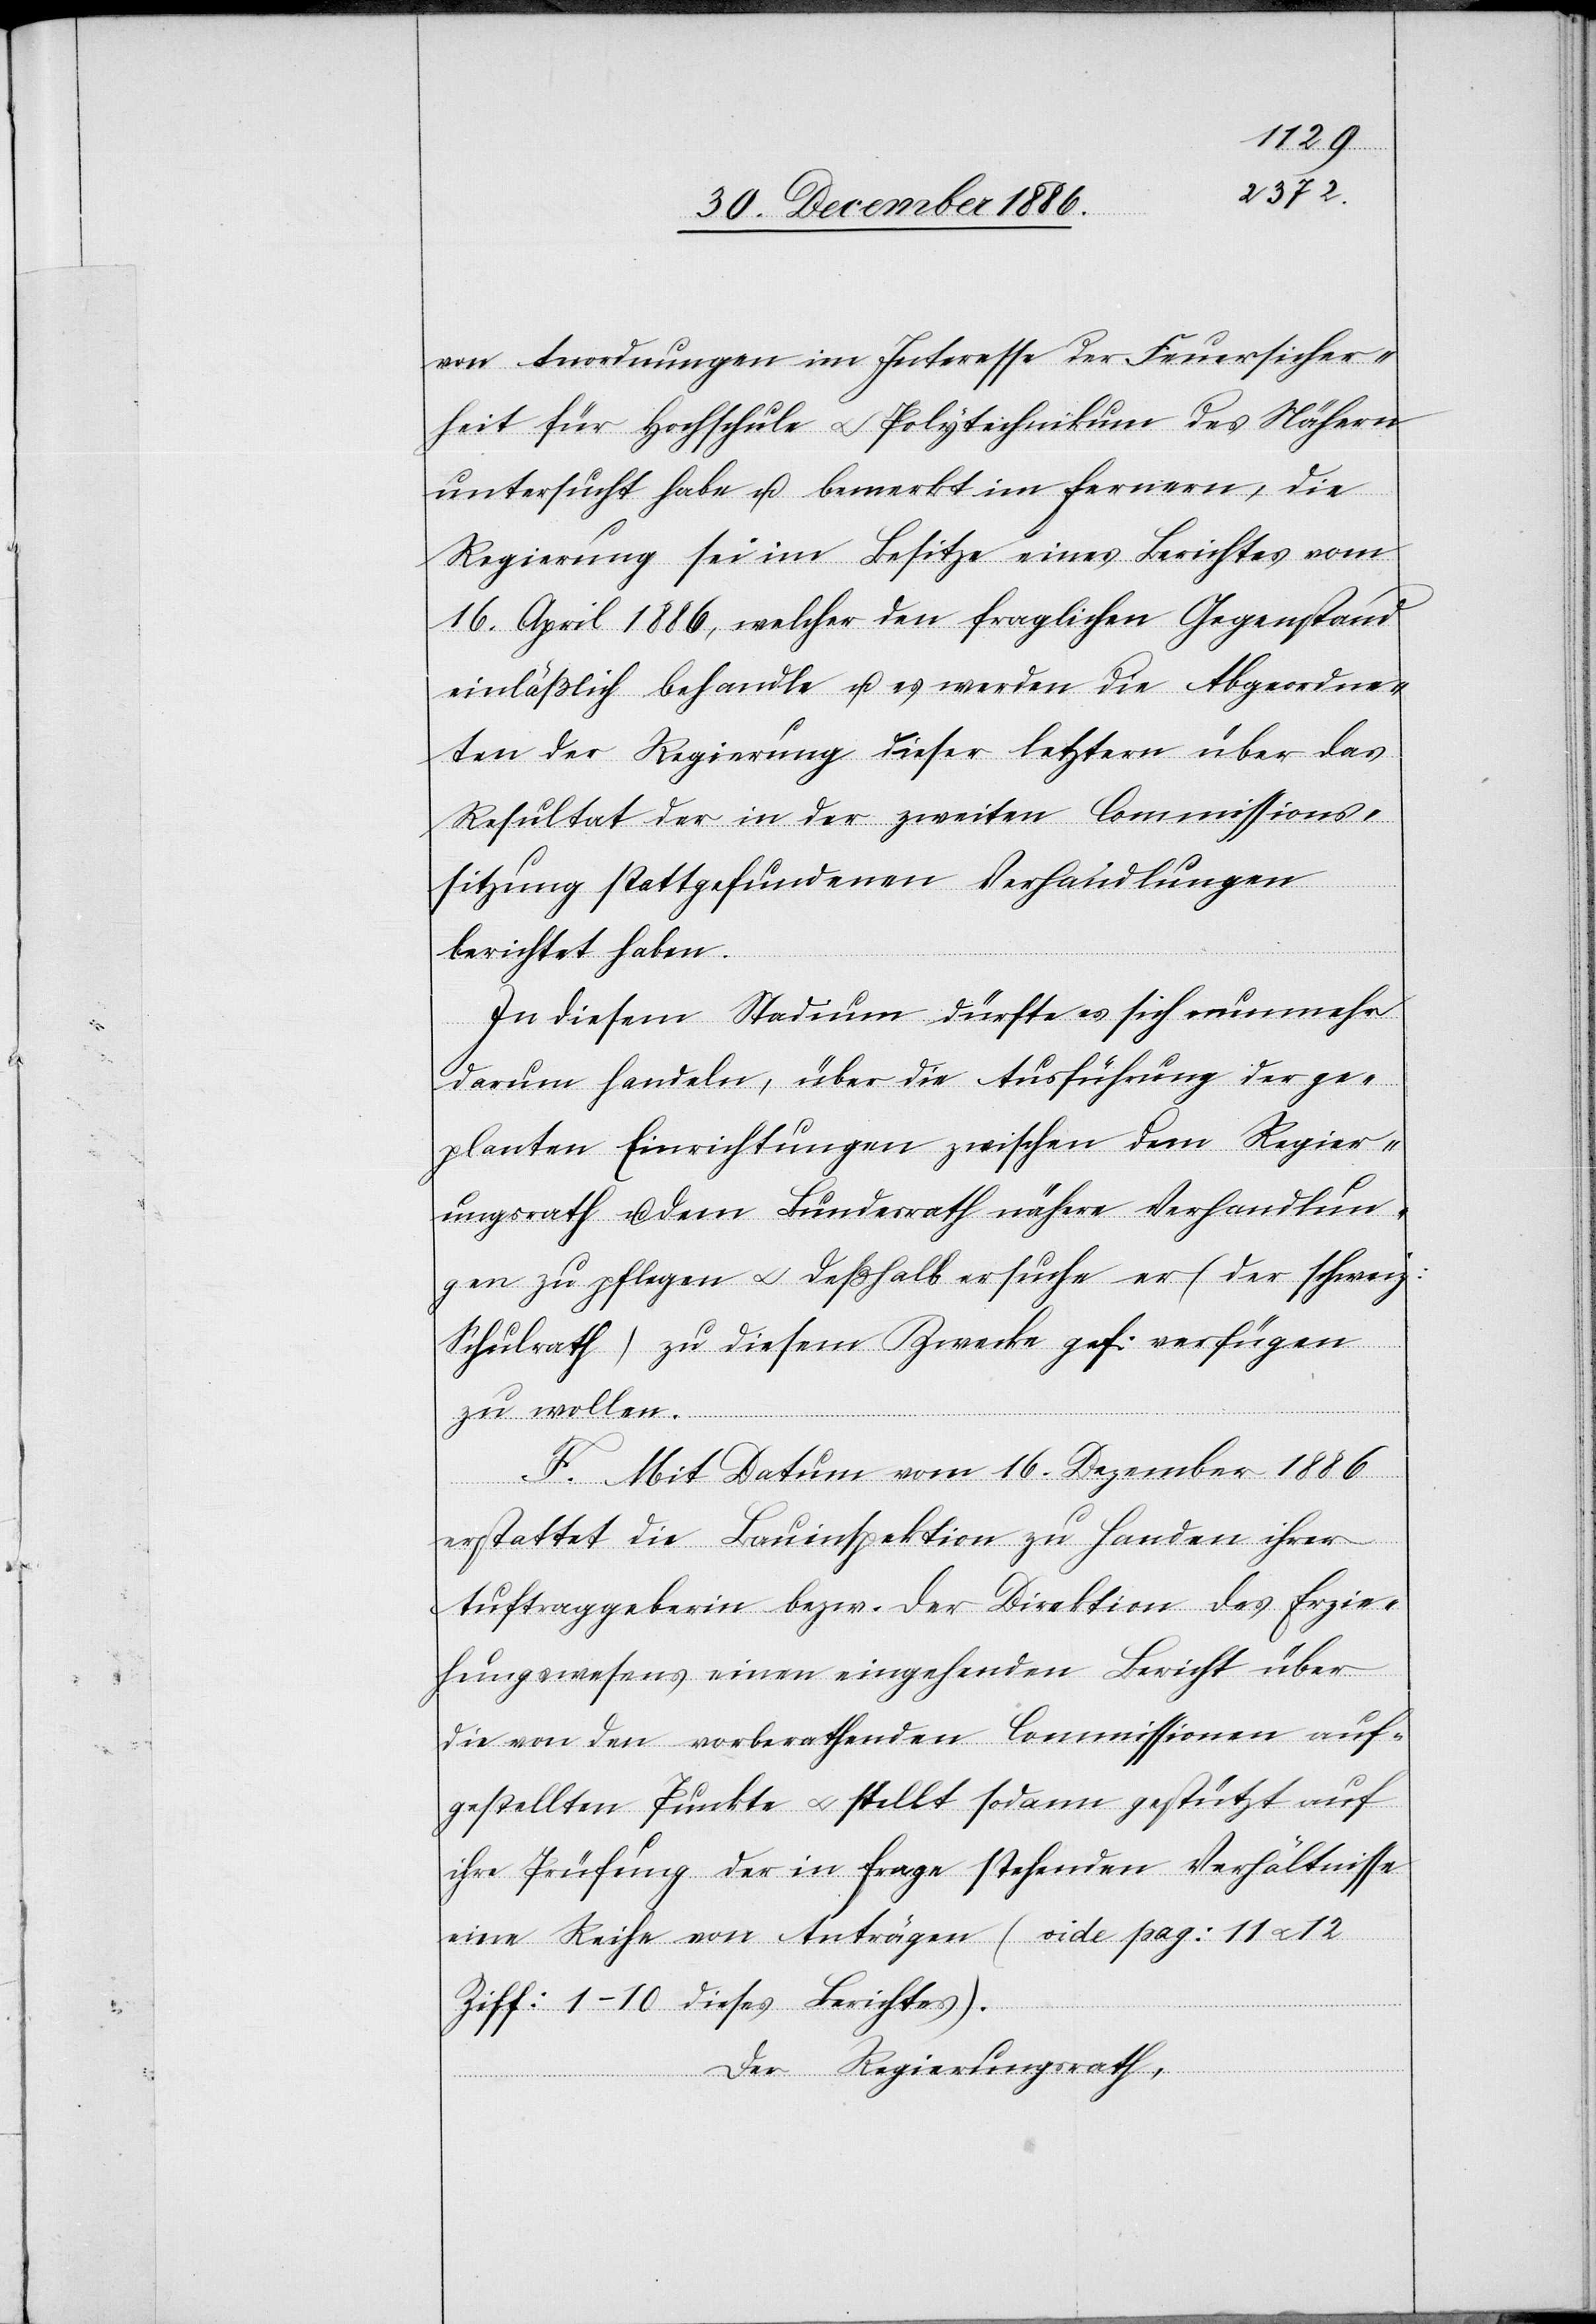
von Anordnungen im Interesse der Feuersicher¬
heit für Hochschule & Polytechnikum des Nähern
untersucht habe u. bemerkt im Fernern, die
Regierung sei im Besitze eines Berichtes vom
16. April 1886, welcher den fraglichen Gegenstand
einläßlich behandle u. es werden die Abgeordne¬
ten der Regierung dieser letztern über das
Resultat der in der zweiten Commissions¬
sitzung stattgefundenen Verhandlungen
berichtet haben.
In diesem Stadium dürfte es sich nunmehr
darum handeln, über die Ausführung der ge¬
planten Einrichtungen zwischen dem Regier¬
ungsrath u. dem Bundesrath nähere Verhandlun¬
gen zu pflegen & deßhalb ersuche er (der schweiz:
Schulrath) zu diesem Zwecke gef: verfügen
zu wollen.
F. Mit Datum vom 16. Dezember 1886
erstattet die Bauinspektion zu Handen ihrer
Auftraggeberin bezw. der Direktion des Erzie¬
hungswesens einen eingehenden Bericht über
die von den vorberathenden Commissionen auf¬
gestellten Punkte & stellt sodann gestützt auf
ihre Prüfung der in Frage stehenden Verhältnisse
eine Reihe von Anträgen (vide pag: 11 & 12
Ziff: 1–10 dieses Berichtes).
Der Regierungsrath,